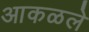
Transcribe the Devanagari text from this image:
आकळले